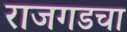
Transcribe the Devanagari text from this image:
राजगडचा